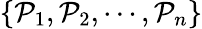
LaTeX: \{ \mathcal{P}_{1},\mathcal{P}_{2},\cdots,\mathcal{P}_{n}\}